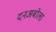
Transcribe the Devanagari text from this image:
दनअबोला